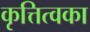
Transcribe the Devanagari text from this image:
कृत्तित्वका